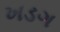
ખડગ